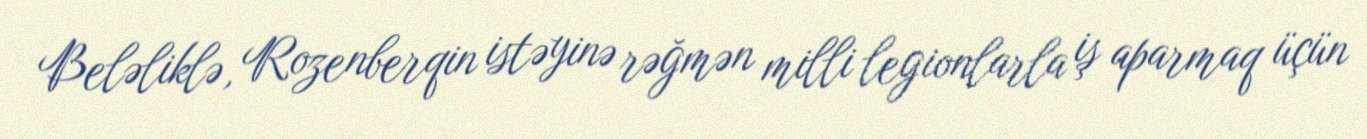
Beləliklə, Rozenberqin istəyinə rəğmən milli legionlarla iş aparmaq üçün